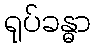
ရုပ်ခန္ဓာ